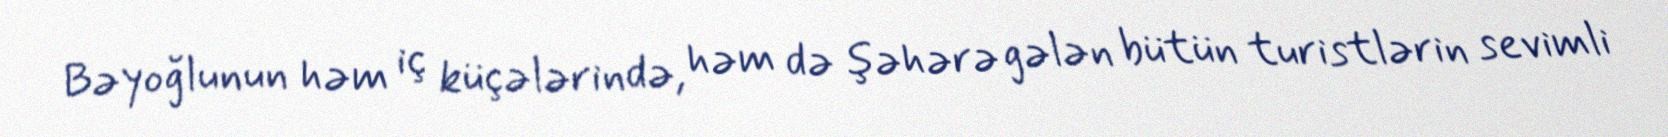
Bəyoğlunun həm iç küçələrində, həm də şəhərə gələn bütün turistlərin sevimli